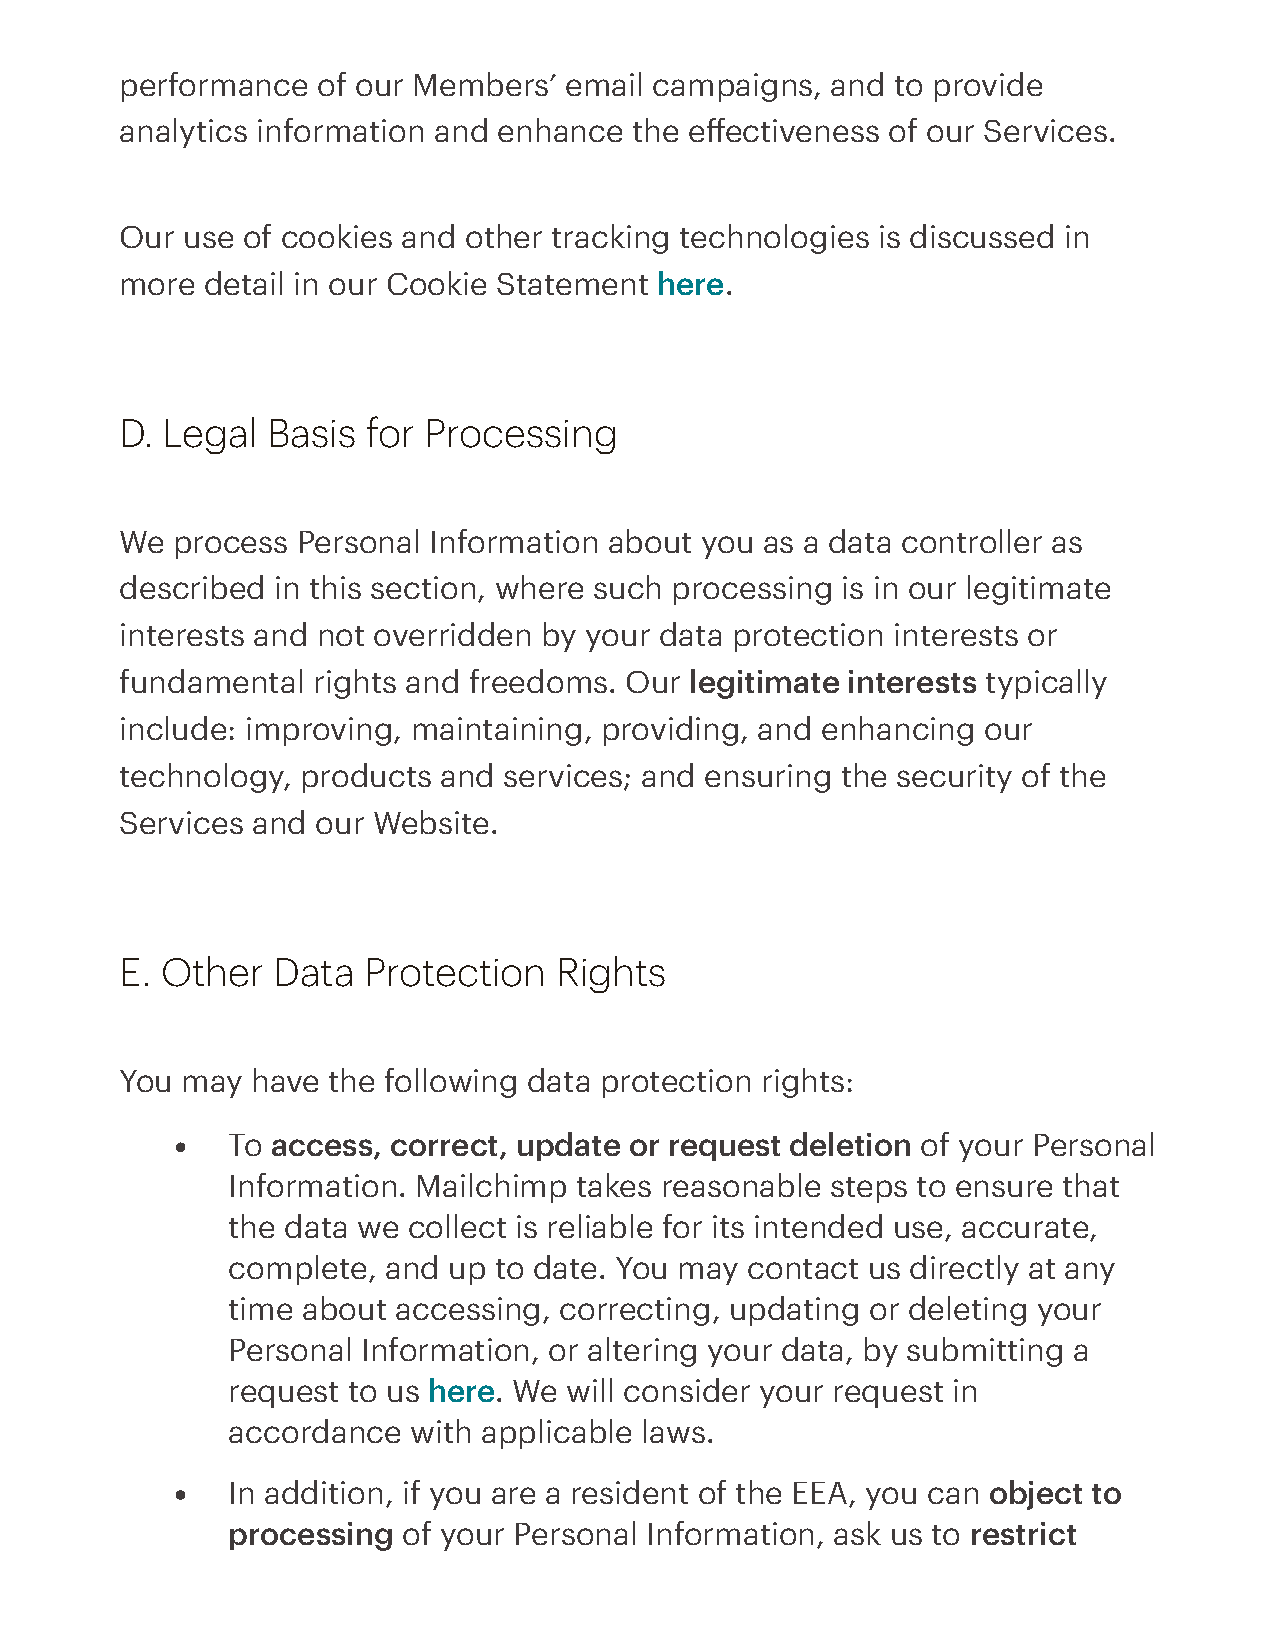
performance  of our Members’ email campaigns,  and to provide
 analytics information and enhance the effectiveness of our Services.
 Our use of cookies and other tracking technologies is discussed in
 more detail in our Cookie Statement here.
 D. Legal  Basis for Processing
 We process  Personal Information about you as a data controller as
 described in this section, where such processing is in our legitimate
 interests and not overridden by your data protection interests or
 fundamental  rights and freedoms. Our legitimate interests typically
 include: improving, maintaining, providing, and enhancing our
 technology, products and services; and ensuring the security of the
 Services and our Website.
 E. Other  Data  Protection   Rights
 You may  have the following data protection rights:
 To access, correct, update or request deletion of your Personal
 Information. Mailchimp takes reasonable steps to ensure that
 the data we collect is reliable for its intended use, accurate,
 complete, and  up to date. You may contact us directly at any
 time about accessing, correcting, updating or deleting your
 Personal Information, or altering your data, by submitting a
 request to us here. We will consider your request in
 accordance  with applicable laws.
 In addition, if you are a resident of the EEA, you can object to
 processing  of your Personal Information, ask us to restrict